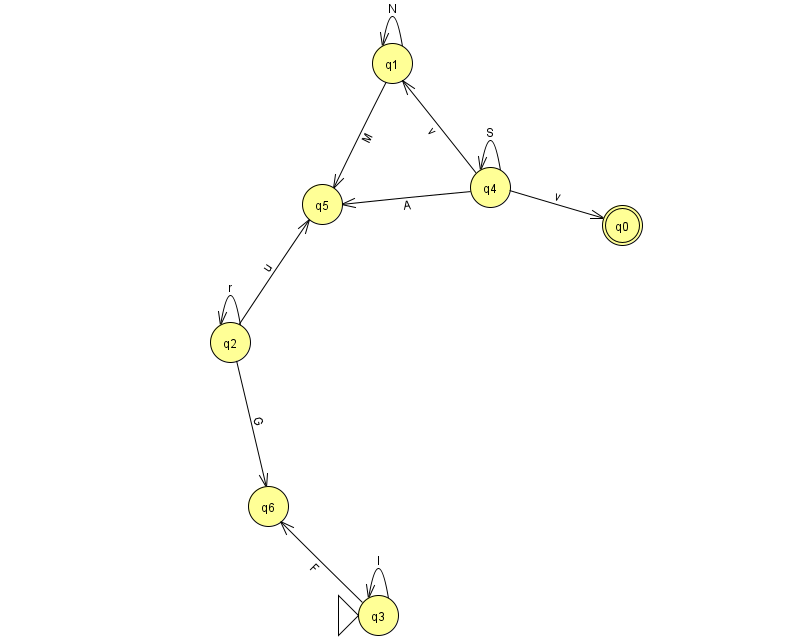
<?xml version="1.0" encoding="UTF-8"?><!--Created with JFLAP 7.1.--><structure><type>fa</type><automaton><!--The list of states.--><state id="0" name="q0"><x>622.0</x><y>212.0</y><final/></state><state id="1" name="q1"><x>392.0</x><y>50.0</y></state><state id="2" name="q2"><x>230.0</x><y>329.0</y></state><state id="3" name="q3"><x>378.0</x><y>602.0</y><initial/></state><state id="4" name="q4"><x>490.0</x><y>174.0</y></state><state id="5" name="q5"><x>322.0</x><y>191.0</y></state><state id="6" name="q6"><x>268.0</x><y>493.0</y></state><!--The list of transitions.--><transition><from>2</from><to>2</to><read>r</read></transition><transition><from>4</from><to>4</to><read>S</read></transition><transition><from>4</from><to>0</to><read>v</read></transition><transition><from>4</from><to>1</to><read>v</read></transition><transition><from>2</from><to>6</to><read>G</read></transition><transition><from>3</from><to>3</to><read>l</read></transition><transition><from>3</from><to>6</to><read>F</read></transition><transition><from>1</from><to>5</to><read>M</read></transition><transition><from>2</from><to>5</to><read>u</read></transition><transition><from>1</from><to>1</to><read>N</read></transition><transition><from>4</from><to>5</to><read>A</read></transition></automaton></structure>